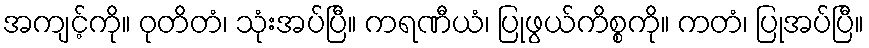
အကျင့်ကို။ ဝုတိတံ၊ သုံးအပ်ပြီ။ ကရဏီယံ၊ ပြုဖွယ်ကိစ္စကို။ ကတံ၊ ပြုအပ်ပြီ။